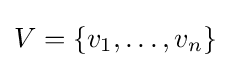
V=\{v_{1},\ldots ,v_{n}\}